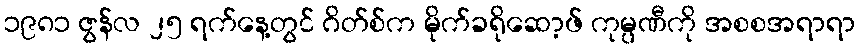
၁၉၈၁ ဇွန်လ ၂၅ ရက်နေ့တွင် ဂိတ်စ်က မိုက်ခရိုဆော့ဖ် ကုမ္ပဏီကို အစစအရာရာ